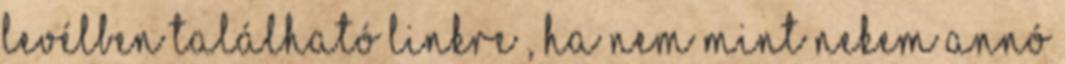
levélben található linkre , ha nem mint nekem annó